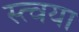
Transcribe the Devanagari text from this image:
स्त्वया